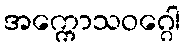
အက္ကောသဝဂ္ဂေါ